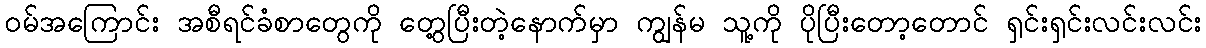
ဝမ်အကြောင်း အစီရင်ခံစာတွေကို တွေ့ပြီးတဲ့နောက်မှာ ကျွန်မ သူ့ကို ပိုပြီးတော့တောင် ရှင်းရှင်းလင်းလင်း